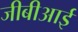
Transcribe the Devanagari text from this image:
जीबीआई